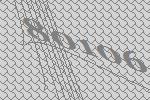
80106